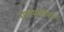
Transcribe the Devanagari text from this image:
रामारावांविरूध्द